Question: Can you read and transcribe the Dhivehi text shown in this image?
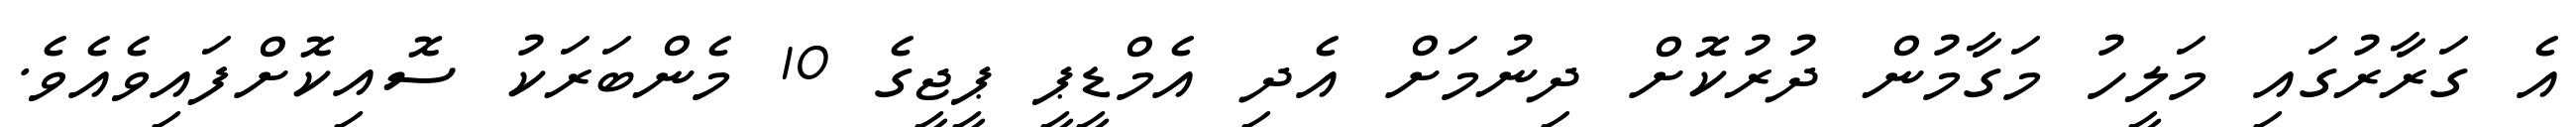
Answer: އެ ގަރާރުގައި މަލީހު މަގާމުން ދުރުކޮށް ދިނުމަށް އެދި އެމްޑީޕީ ޕީޖީގެ 10 މެންބަރަކު ސޮއިކޮށްފައިވެއެވެ.